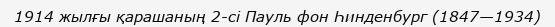
1914 жылғы қарашаның 2-сі Пауль фон Һинденбург (1847—1934)